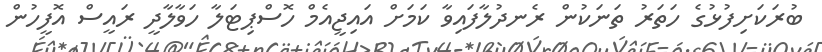
ބުރަކަށިފުޅުގެ ހަތަރު ތަނަކުން ރެނދުލާފައިވާ ކަމަށް އައިޖީއެމް ހޮސްޕިޓަލާ ހަވާލާދީ ރައީސް އޮފީހުން